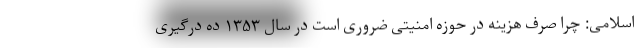
اسلامی: چرا صرف هزینه در حوزه امنیتی ضروری است در سال ۱۳۵۳ ده درگیری